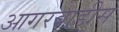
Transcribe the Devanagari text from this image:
आगरवाडीस